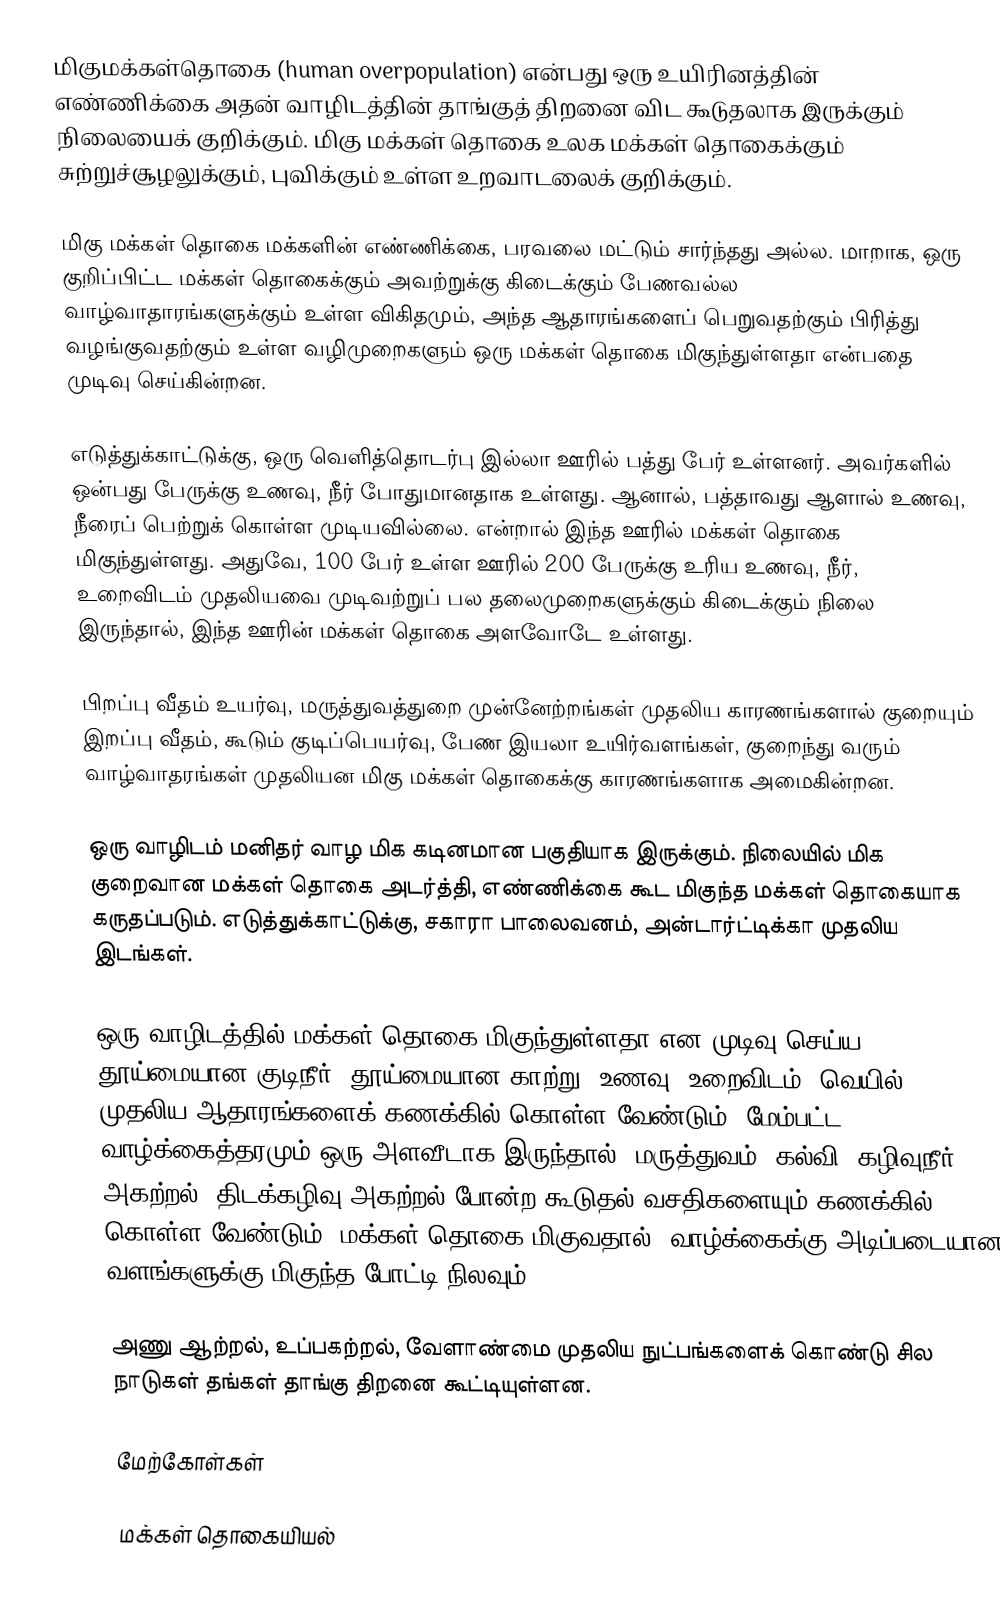
மிகுமக்கள்தொகை (human overpopulation) என்பது ஒரு உயிரினத்தின் எண்ணிக்கை அதன் வாழிடத்தின் தாங்குத் திறனை விட கூடுதலாக இருக்கும் நிலையைக் குறிக்கும். மிகு மக்கள் தொகை உலக மக்கள் தொகைக்கும் சுற்றுச்சூழலுக்கும், புவிக்கும் உள்ள உறவாடலைக் குறிக்கும்.

மிகு மக்கள் தொகை மக்களின் எண்ணிக்கை, பரவலை மட்டும் சார்ந்தது அல்ல. மாறாக, ஒரு குறிப்பிட்ட மக்கள் தொகைக்கும் அவற்றுக்கு கிடைக்கும் பேணவல்ல வாழ்வாதாரங்களுக்கும் உள்ள விகிதமும், அந்த ஆதாரங்களைப் பெறுவதற்கும் பிரித்து வழங்குவதற்கும் உள்ள வழிமுறைகளும் ஒரு மக்கள் தொகை மிகுந்துள்ளதா என்பதை முடிவு செய்கின்றன.

எடுத்துக்காட்டுக்கு, ஒரு வெளித்தொடர்பு இல்லா ஊரில் பத்து பேர் உள்ளனர். அவர்களில் ஒன்பது பேருக்கு உணவு, நீர் போதுமானதாக உள்ளது. ஆனால், பத்தாவது ஆளால் உணவு, நீரைப் பெற்றுக் கொள்ள முடியவில்லை. என்றால் இந்த ஊரில் மக்கள் தொகை மிகுந்துள்ளது. அதுவே, 100 பேர் உள்ள ஊரில் 200 பேருக்கு உரிய உணவு, நீர், உறைவிடம் முதலியவை முடிவற்றுப் பல தலைமுறைகளுக்கும் கிடைக்கும் நிலை இருந்தால், இந்த ஊரின் மக்கள் தொகை அளவோடே உள்ளது.

பிறப்பு வீதம் உயர்வு, மருத்துவத்துறை முன்னேற்றங்கள் முதலிய காரணங்களால் குறையும் இறப்பு வீதம், கூடும் குடிப்பெயர்வு, பேண இயலா உயிர்வளங்கள், குறைந்து வரும் வாழ்வாதரங்கள் முதலியன மிகு மக்கள் தொகைக்கு காரணங்களாக அமைகின்றன.

ஒரு வாழிடம் மனிதர் வாழ மிக கடினமான பகுதியாக இருக்கும். நிலையில் மிக குறைவான மக்கள் தொகை அடர்த்தி, எண்ணிக்கை கூட மிகுந்த மக்கள் தொகையாக கருதப்படும். எடுத்துக்காட்டுக்கு, சகாரா பாலைவனம், அன்டார்ட்டிக்கா முதலிய இடங்கள்.

ஒரு வாழிடத்தில் மக்கள் தொகை மிகுந்துள்ளதா என முடிவு செய்ய, தூய்மையான குடிநீர், தூய்மையான காற்று, உணவு, உறைவிடம், வெயில் முதலிய ஆதாரங்களைக் கணக்கில் கொள்ள வேண்டும். மேம்பட்ட வாழ்க்கைத்தரமும் ஒரு அளவீடாக இருந்தால், மருத்துவம், கல்வி, கழிவுநீர் அகற்றல், திடக்கழிவு அகற்றல் போன்ற கூடுதல் வசதிகளையும் கணக்கில் கொள்ள வேண்டும். மக்கள் தொகை மிகுவதால், வாழ்க்கைக்கு அடிப்படையான வளங்களுக்கு மிகுந்த போட்டி நிலவும்.

அணு ஆற்றல், உப்பகற்றல், வேளாண்மை முதலிய நுட்பங்களைக் கொண்டு சில நாடுகள் தங்கள் தாங்கு திறனை கூட்டியுள்ளன.

மேற்கோள்கள்

மக்கள் தொகையியல்